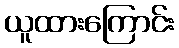
ယူထားကြောင်း